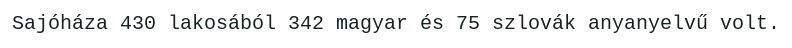
Sajóháza 430 lakosából 342 magyar és 75 szlovák anyanyelvű volt.